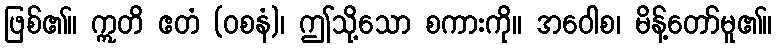
ဖြစ်၏။ ဣတိ ဧတံ (ဝစနံ)၊ ဤသို့သော စကားကို။ အဝေါစ၊ မိန့်တော်မူ၏။